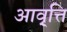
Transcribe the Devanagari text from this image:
आवृ्त्ति